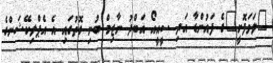
"ލަވަފޮށީ"ގެ ފައުންޑާ އަދި ސީއީއޯ އަބްދު ނާޒިމް ބުނި ގޮތުގައި އެ އެޕްލިކޭޝަންގެ